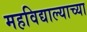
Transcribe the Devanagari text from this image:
महविद्याल्याच्या